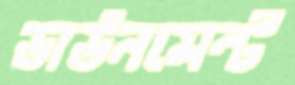
ডাউনমেন্ট